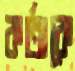
কর্তাকে